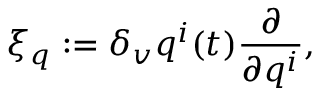
\xi _ { q } : = \delta _ { v } q ^ { i } ( t ) \frac { \partial } { \partial q ^ { i } } ,